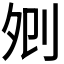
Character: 𠛠